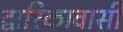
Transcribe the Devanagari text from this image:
द्वारिकावासी